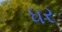
ધર